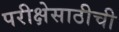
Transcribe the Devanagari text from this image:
परीक्षेसाठीची